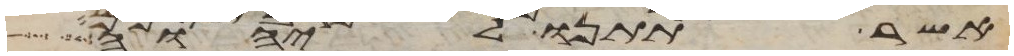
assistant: אשר תתנו ליהוה